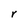
Character: r